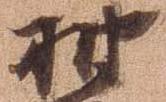
抽